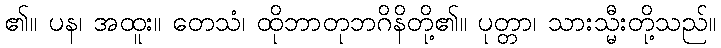
၏။ ပန၊ အထူး။ တေသံ၊ ထိုဘာတုဘဂိနိတို့၏။ ပုတ္တာ၊ သားသ္မီးတို့သည်။